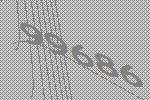
99686